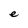
Character: e